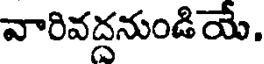
వారివద్దనుండియే,